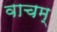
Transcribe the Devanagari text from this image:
वाचम्